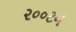
૨૦૦ટન